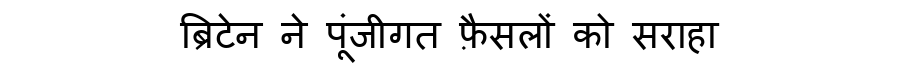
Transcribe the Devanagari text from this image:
ब्रिटेन ने पूंजीगत फ़ैसलों को सराहा